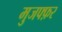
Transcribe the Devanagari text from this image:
मुजफ्फ़र